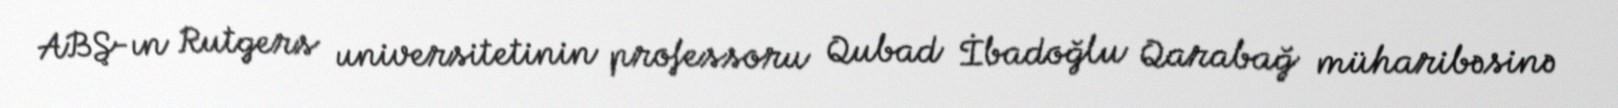
ABŞ-ın Rutgers universitetinin professoru Qubad İbadoğlu Qarabağ müharibəsinə